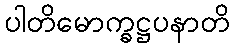
ပါတိမောက္ခဋ္ဌပနာတိ